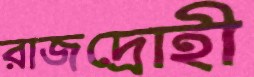
রাজদ্রোহী